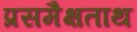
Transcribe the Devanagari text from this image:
प्रसमैक्षताथ